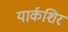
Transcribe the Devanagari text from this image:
यार्कशिर